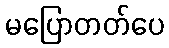
မပြောတတ်ပေ